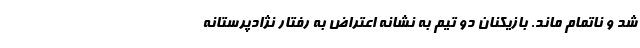
شد و ناتمام ماند. بازیکنان دو تیم به نشانه اعتراض به رفتار نژادپرستانه